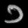
Digit: ၁